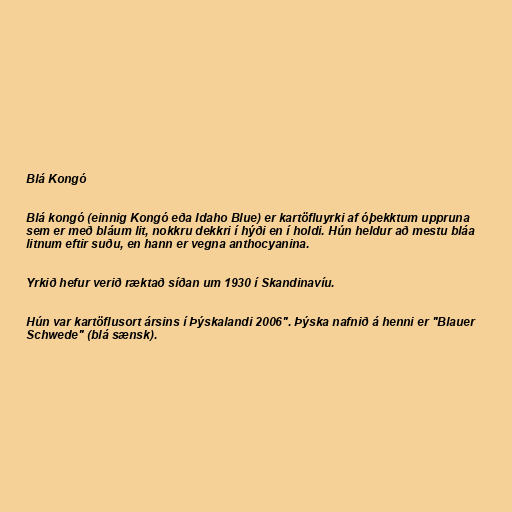
Blá Kongó

Blá kongó (einnig Kongó eða Idaho Blue) er kartöfluyrki af óþekktum uppruna
sem er með bláum lit, nokkru dekkri í hýði en í holdi. Hún heldur að mestu bláa
litnum eftir suðu, en hann er vegna anthocyanina.

Yrkið hefur verið ræktað síðan um 1930 í Skandinavíu.

Hún var kartöflusort ársins í Þýskalandi 2006". Þýska nafnið á henni er "Blauer
Schwede" (blá sænsk).